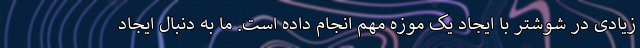
زیادی در شوشتر با ایجاد یک موزه مهم انجام داده است. ما به دنبال ایجاد